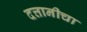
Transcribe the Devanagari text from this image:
दत्तानीचा